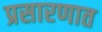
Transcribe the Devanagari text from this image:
प्रसारणात